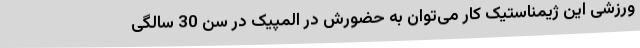
ورزشی این ژیمناستیک کار می‌توان به حضورش در المپیک در سن 30 سالگی